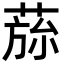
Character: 𮏾